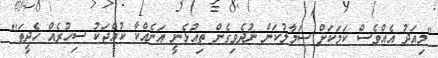
"މިއަދު އެއްވެސް ކަމަކަށް ސަމާލުކަން ނުދެވިގެން ތިއުޅެނީ އަނެއްކާ ކުއްޖަކު ސިހުރެއް ހެދީތަ"